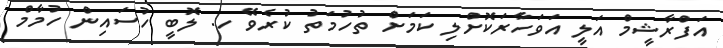
އަފްރާޝީމް އަލީ އަވަހާރަކޮށްލި ކަމަށް ތުހުމަތު ކުރެވޭ ހ. ލޮބީ ހުސައިން ހުމާމް